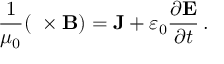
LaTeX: { \frac { 1 } { \mu _ { 0 } } } ( \mathbf { \nabla } \times \mathbf { B } ) = \mathbf { J } + \varepsilon _ { 0 } { \frac { \partial \mathbf { E } } { \partial t } } \, .